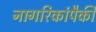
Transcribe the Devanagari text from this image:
नागरिकांपैकी